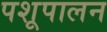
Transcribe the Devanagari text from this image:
पशूपालन